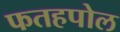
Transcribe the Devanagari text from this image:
फतहपोल